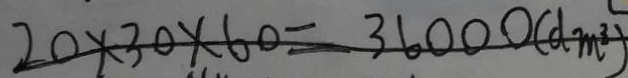
2 0 \times 3 0 \times 6 0 = 3 6 0 0 0 ( d m ^ { 3 } )